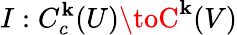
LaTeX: I:C_{c}^{\mathbf{k}}(U)\toC^{\mathbf{k}}(V)